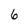
Character: 6